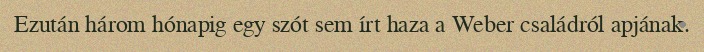
Ezután három hónapig egy szót sem írt haza a Weber családról apjának.